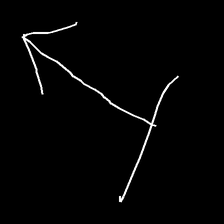
Glyph: levitation